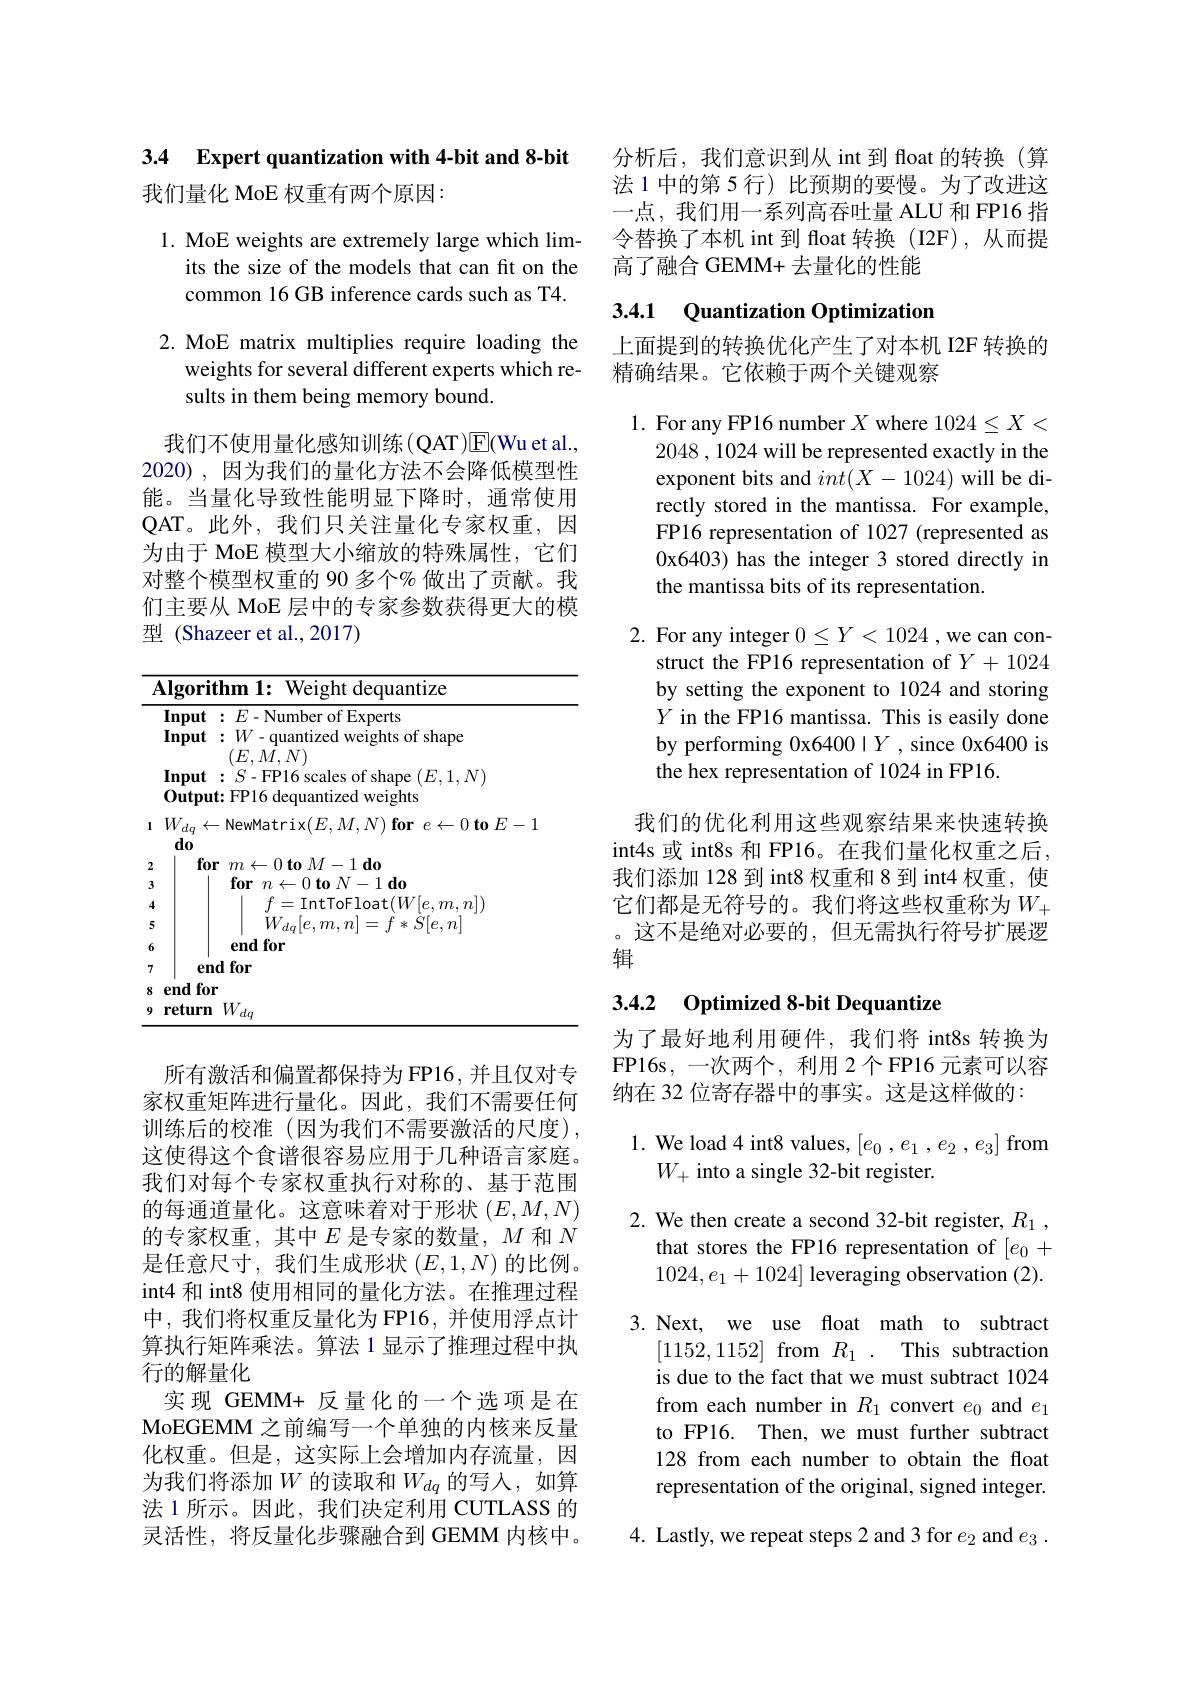
3.4 Expert quantization with 4-bit and 8-bit

我们量化 MoE 权重有两个原因：

1. MoE weights are extremely large which lim-
its the size of the models that can fit on the common 16 GB inference cards such as T4.

2. MoE matrix multiplies require loading the
weights for several different experts which re-
sults in them being memory bound.

我们不使用量化感知训练(QAT)E(Wuet al., 2020),因为我们的量化方法不会降低模型性能。当量化导致性能明显下降时，通常使用QAT。此外，我们只关注量化专家权重，因为由于 MoE 模型大小缩放的特殊属性，它们对整个模型权重的 90 多个% 做出了贡献。我们主要从 MoE 层中的专家参数获得更大的模型 (Shazeer et al.,2017)

<table>
	<tbody>
		<tr>
			<th>1</th>
			<th>lgorithm 1: Weight dequantize</th>
		</tr>
		<tr>
			<th> </th>
			<th>$[ \textbf{nput}: E$- Number of Experts $[ \textbf{nput}: W$-quantized weights of shape $(F,T)$ $NY$ $M/$</th>
		</tr>
		<tr>
			<td> </td>
			<td>$\mathbf{nput}:S-$FP16 scales of shape $(E,1,N)$ Output: FP16 dequantized weights</td>
		</tr>
		<tr>
			<td>1</td>
			<td>${\mathcal V}_{dq}\leftarrow$NewMatrix$( E, M, N) \textbf{for }e\leftarrow 0\textbf{to }E- 1$ $d_{0}$</td>
		</tr>
		<tr>
			<td>2</td>
			<td>for 0 $\mathbf{to}$ $M$ $I-1$do</td>
		</tr>
		<tr>
			<td>4</td>
			<td>$f$ $m$ $l.n])$</td>
		</tr>
		<tr>
			<td>5</td>
			<td> </td>
		</tr>
		<tr>
			<td>6</td>
			<td>$\mathbf{em}$</td>
		</tr>
		<tr>
			<td>7</td>
			<td>$\mathbf{emd}$ $\textbf{for}$</td>
		</tr>
		<tr>
			<td>9</td>
			<td>$\textbf{n}W_{dq}$ return</td>
		</tr>
	</tbody>
</table>

所有激活和偏置都保持为FP16，并且仅对专家权重矩阵进行量化。因此，我们不需要任何训练后的校准(因为我们不需要激活的尺度), 这使得这个食谱很容易应用于几种语言家庭。我们对每个专家权重执行对称的、基于范围的每通道量化。这意味着对于形状$(E,M,N)$ 的专家权重，其中$E$是专家的数量，$M$和$N$ 是任意尺寸，我们生成形状$(E,1,N)$的比例。int4 和 int8 使用相同的量化方法。在推理过程中，我们将权重反量化为 FP16, 并使用浮点计算执行矩阵乘法。算法 1 显示了推理过程中执行的解量化
实现 GEMM+ 反量化的一个选项是在MoEGEMM 之前编写一个单独的内核来反量化权重。但是，这实际上会增加内存流量，因为我们将添加$W$ 的读取和$W_dq$ 的写入，如算法 1 所示。因此，我们决定利用 CUTLASS 的灵活性，将反量化步骤融合到 GEMM 内核中。

分析后，我们意识到从 int 到 float 的转换(算法 1 中的第 5 行) 比预期的要慢。为了改进这一点，我们用一系列高吞吐量 ALU 和 FP16 指令替换了本机 int 到 float 转换(I2F),从而提高了融合 GEMM+ 去量化的性能

### 3.4.1 Quantization Optimizatior

上面提到的转换优化产生了对本机 I2F 转换的
精确结果。它依赖于两个关键观察

1. For any FP16 number $X$ where 1024$\leq X<$
2048,1024 will be represented exactly in the exponent bits and $int(X-1024)$ will be directly stored in the mantissa. For example, FP16 representation of 1027 (represented as 0x6403) has the integer 3 stored directly in the mantissa bits of its representation.

2. For any integer $0\leq Y<1024$ ,we can con-
struct the FP16 representation of $Y+1024$ by setting the exponent to 1024 and storing $Y$ in the FP16 mantissa. This is easily done by performing 0x64001$Y$ , since 0x6400 is the hex representation of 1024 in FP16

我们的优化利用这些观察结果来快速转换int4s 或 int8s 和 FP16。在我们量化权重之后， 我们添加 128 到 int8 权重和 8 到 int4 权重，使它们都是无符号的。我们将这些权重称为$W_+$ 。这不是绝对必要的，但无需执行符号扩展逻辑

## 3.4.2 Optimized 8-bit Dequantize

为了最好地利用硬件，我们将 int8s 转换为FP16s,一次两个，利用 2个 FP16 元素可以容纳在 32 位寄存器中的事实。这是这样做的：

1. We load 4 int8 values, $[ e_0$ $, e_1$ $, e_2$ $, e_3]$ from
$W_+$ into a single 32-bit register.

2. We then create a second 32-bit register, $R_1$ ,
that stores the FP16 representation of $[e_0+$ $1024,e_1+1024]$ leveraging observation (2).
3. Next, we use float math to subtract
[1152,1152] from $R_1.$ This subtraction is due to the fact that we must subtract 1024 from each number in $R_1$ convert $e_0$ and $e_1$ to FP16. Then, we must further subtract 128 from each number to obtain the float representation of the original, signed integer.
4. Lastly, we repeat steps 2 and 3 for $e_2$ and $e_3.$